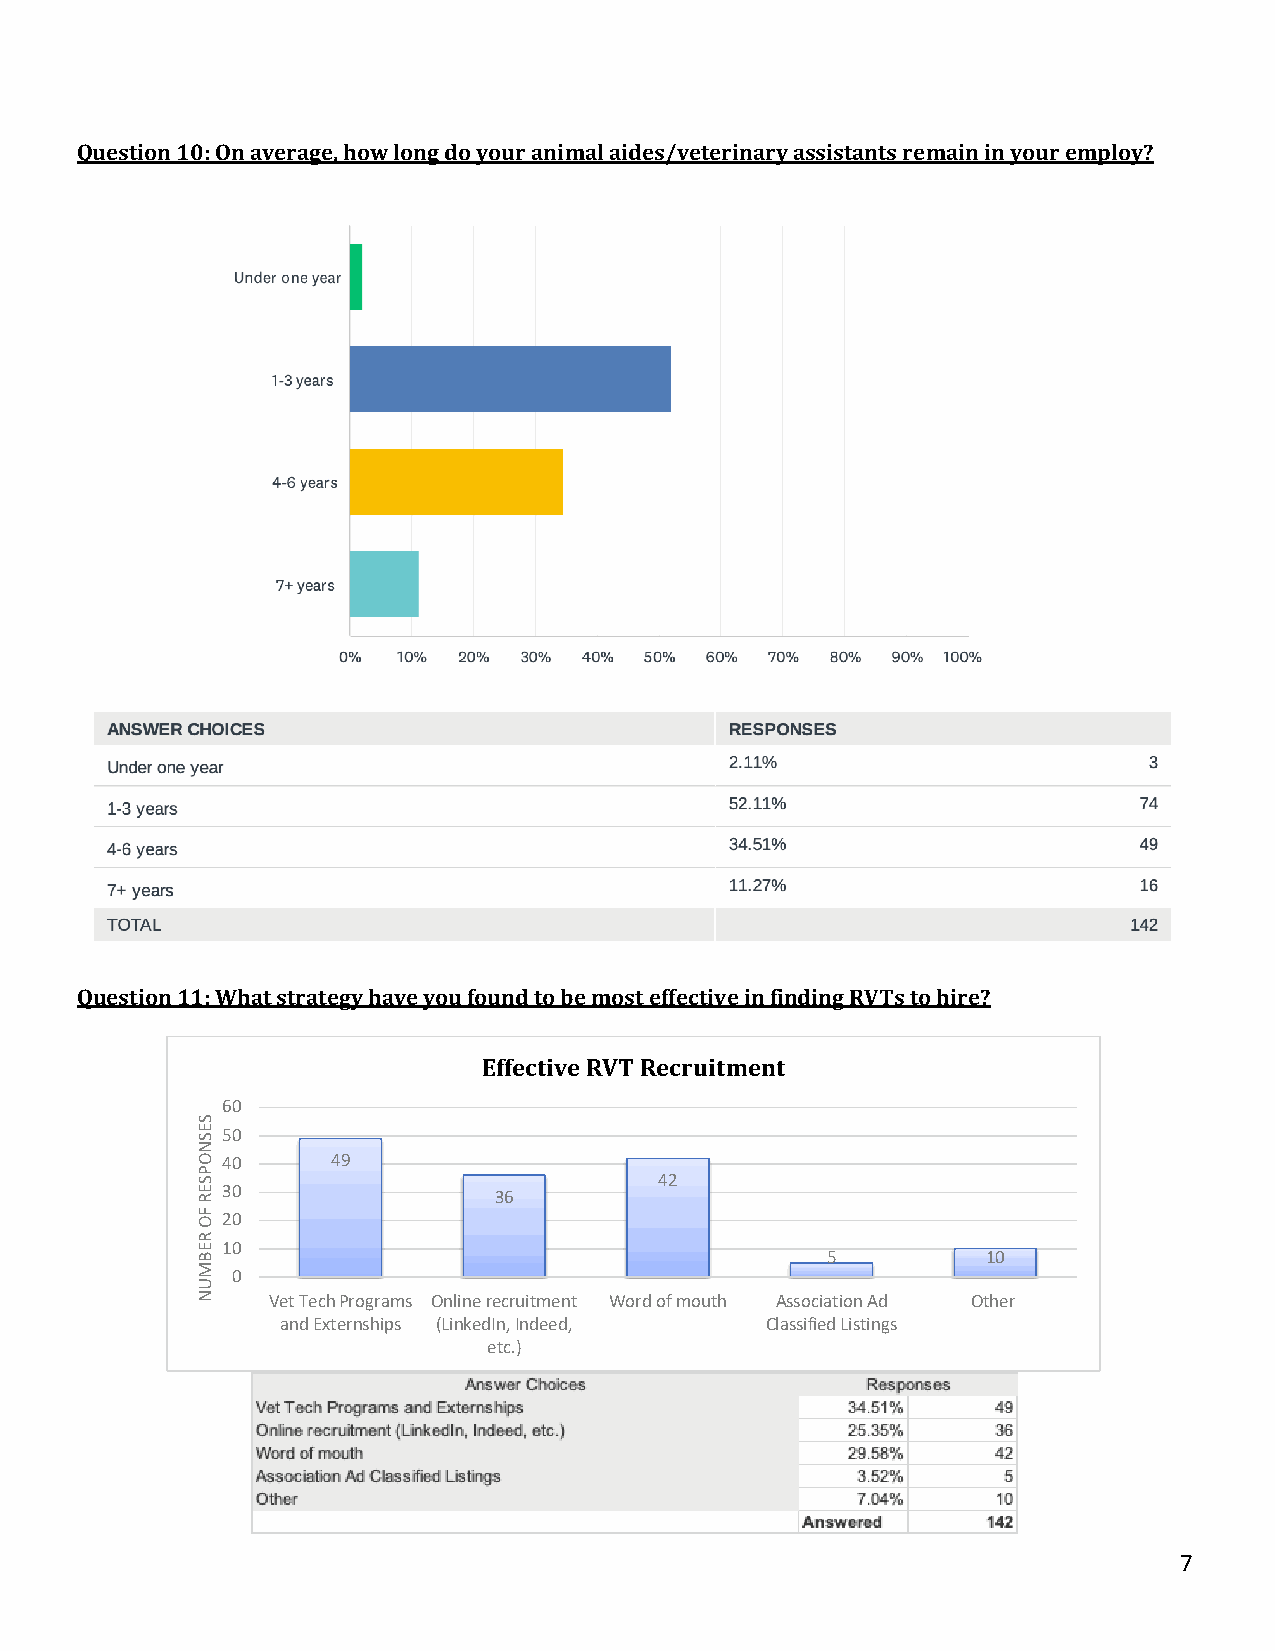
Question 10: On average, how long do your animal aides/veterinary assistants remain in your employ?
 Question 11: What strategy have you found to be most effective in finding RVTs to hire?
 Effective RVT Recruitment
 60
 50
 40     49
 42
 30                36
 20
 10
 5         10
 0
 Vet Tech Programs Online recruitment Word of mouth Association Ad Other
 and Externships (LinkedIn, Indeed, Classified Listings
 etc.)
 7
 SESNOPSER
 FO
 REBMUN